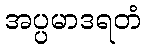
အပ္ပမာဒရတံ